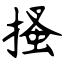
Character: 搔